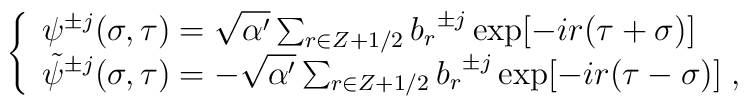
\left\{  \begin{array}{l} {\psi}^{\pm  j}(\sigma, \tau) = \sqrt{\alpha'}\sum_{r \in Z+1/2} {  b_{r}}^{\pm j} \exp[-i  r (\tau + \sigma) ] \\{\tilde{\psi}}^{\pm j}(\sigma, \tau) =  - \sqrt{\alpha '}\sum_{r \in Z+1/2} { b_{r}}^{\pm  j} \exp[-i r (\tau  -  \sigma )]\;  , \end{array}\right.